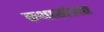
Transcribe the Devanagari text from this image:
कथाखंडात